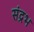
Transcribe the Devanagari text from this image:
संद्रभ